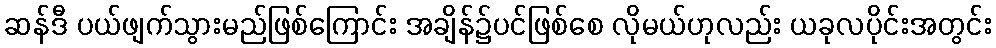
ဆန်ဒီ ပယ်ဖျက်သွားမည်ဖြစ်ကြောင်း အချိန်၌ပင်ဖြစ်စေ လိုမယ်ဟုလည်း ယခုလပိုင်းအတွင်း